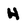
Character: H